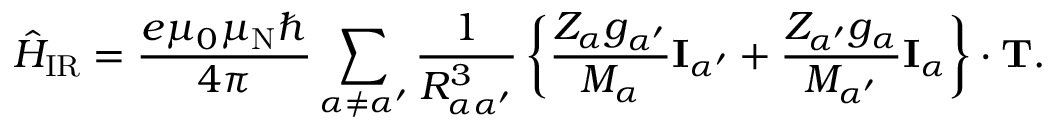
{ \hat { H } } _ { \mathrm { I R } } = { \frac { e \mu _ { 0 } \mu _ { \mathrm { N } } \hbar } { 4 \pi } } \sum _ { \alpha \neq \alpha ^ { \prime } } { \frac { 1 } { R _ { \alpha \alpha ^ { \prime } } ^ { 3 } } } \left\{ { \frac { Z _ { \alpha } g _ { \alpha ^ { \prime } } } { M _ { \alpha } } } \mathbf { I } _ { \alpha ^ { \prime } } + { \frac { Z _ { \alpha ^ { \prime } } g _ { \alpha } } { M _ { \alpha ^ { \prime } } } } \mathbf { I } _ { \alpha } \right\} \cdot \mathbf { T } .